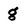
Character: g